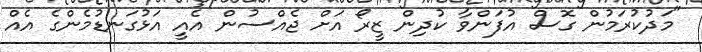
"މަދުކުރަމުން ގޮސް އުފަންވާ ކުދިން ޒީރޯ އަށް ޖެއްސުން އެއީ އަޅުގަނޑުމެންގެ އެއް